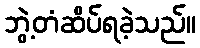
ဘွဲ့တံဆိပ်ရခဲ့သည်။